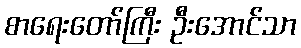
စာရေးတော်ကြီး ဦးအောင်သာ